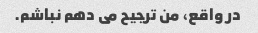
در واقع، من ترجیح می دهم نباشم.